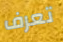
تعرف